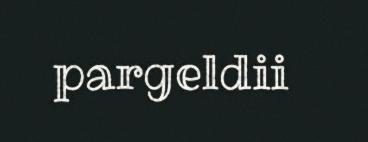
pargeldii